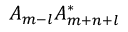
A _ { m - l } A _ { m + n + l } ^ { \ast }